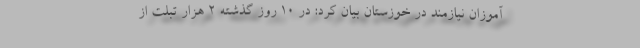
آموزان نیازمند در خوزستان بیان کرد: در ۱۰ روز گذشته ۲ هزار تبلت از